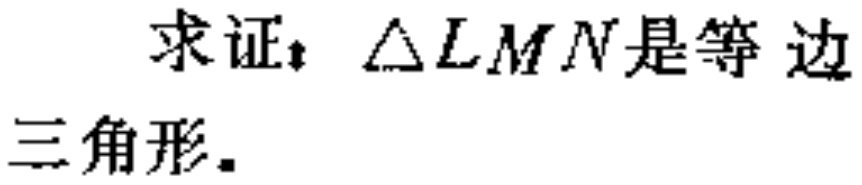
求证：$\triangle LMN$是等边三角形。